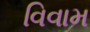
વિવામ